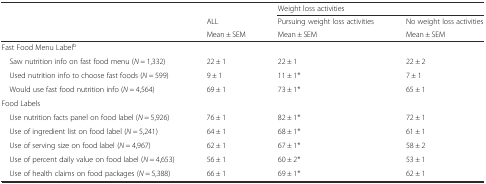
<table><thead><tr><td></td><td></td><td colspan="2"><b>Weight loss activities</b></td></tr><tr><td></td><td><b>ALL</b></td><td><b>Pursuing weight loss activities</b></td><td><b>No weight loss activities</b></td></tr><tr><td></td><td><b>Mean ± SEM</b></td><td><b>Mean ± SEM</b></td><td><b>Mean ± SEM</b></td></tr></thead><tbody><tr><td colspan="4">Fast Food Menu Label<sup>b</sup></td></tr><tr><td> Saw nutrition info on fast food menu (<i>N</i> = 1,332)</td><td>22 ± 1</td><td>22 ± 1</td><td>22 ± 2</td></tr><tr><td> Used nutrition info to choose fast foods (<i>N</i> = 599)</td><td>9 ± 1</td><td>11 ± 1*</td><td>7 ± 1</td></tr><tr><td> Would use fast food nutrition info (<i>N</i> = 4,564)</td><td>69 ± 1</td><td>73 ± 1*</td><td>65 ± 1</td></tr><tr><td colspan="4">Food Labels</td></tr><tr><td> Use nutrition facts panel on food label (<i>N</i> = 5,926)</td><td>76 ± 1</td><td>82 ± 1*</td><td>72 ± 1</td></tr><tr><td> Use of ingredient list on food label (<i>N</i> = 5,241)</td><td>64 ± 1</td><td>68 ± 1*</td><td>61 ± 1</td></tr><tr><td> Use of serving size on food label (<i>N</i> = 4,967)</td><td>62 ± 1</td><td>67 ± 1*</td><td>58 ± 2</td></tr><tr><td> Use of percent daily value on food label (<i>N</i> = 4,653)</td><td>56 ± 1</td><td>60 ± 2*</td><td>53 ± 1</td></tr><tr><td> Use of health claims on food packages (<i>N</i> = 5,388)</td><td>66 ± 1</td><td>69 ± 1*</td><td>62 ± 1</td></tr></tbody></table>